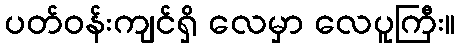
ပတ်ဝန်းကျင်ရှိ လေမှာ လေပူကြီး။